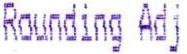
ROUNDING ADJ